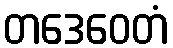
တဒေဝေတံ